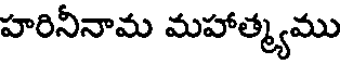
హరినీనామ మహాత్మ్యము